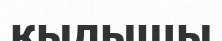
қылышы